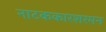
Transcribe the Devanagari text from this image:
नाटककारशरमन